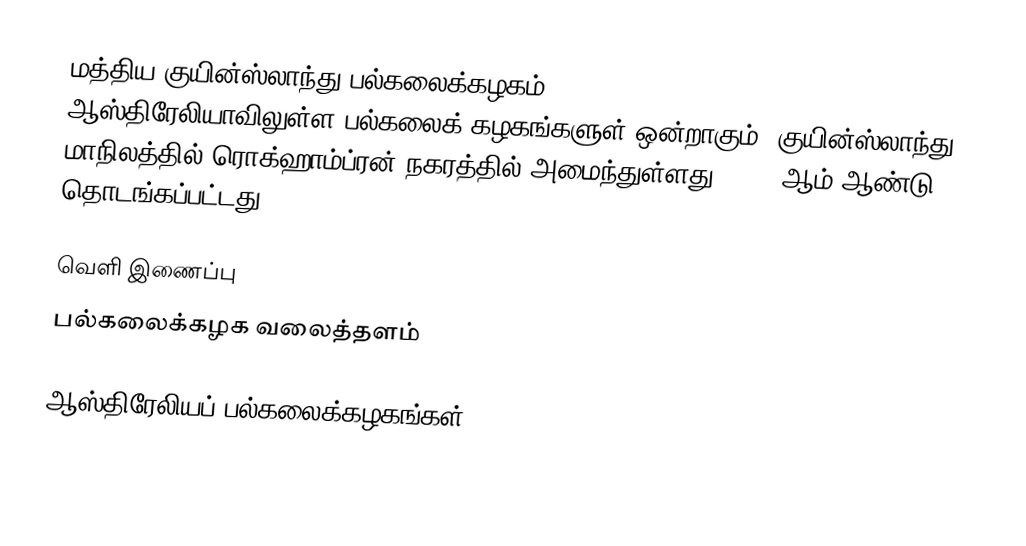
மத்திய குயின்ஸ்லாந்து பல்கலைக்கழகம் (Central Queensland University) ஆஸ்திரேலியாவிலுள்ள பல்கலைக் கழகங்களுள் ஒன்றாகும். குயின்ஸ்லாந்து மாநிலத்தில் ரொக்ஹாம்ப்ரன் நகரத்தில் அமைந்துள்ளது. 1992 ஆம் ஆண்டு தொடங்கப்பட்டது.

வெளி இணைப்பு
 பல்கலைக்கழக வலைத்தளம்

ஆஸ்திரேலியப் பல்கலைக்கழகங்கள்